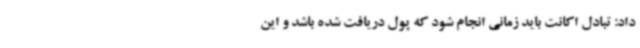
داد: تبادل اکانت باید زمانی انجام شود که پول دریافت شده باشد و این